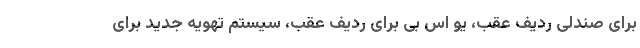
برای صندلی ردیف عقب، یو اس بی برای ردیف عقب، سیستم تهویه جدید برای